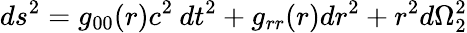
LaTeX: ds^{2}=g_{00}(r)c^{2}\: dt^{2}+g_{rr}(r)dr^{2}+r^{2}d\Omega_{2}^{2}